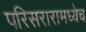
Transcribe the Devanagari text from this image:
परिसरारामध्येच